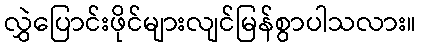
လွှဲပြောင်းဖိုင်များလျင်မြန်စွာပါသလား။